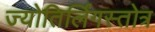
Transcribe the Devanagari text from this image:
ज्योतिर्लिंगस्तोत्र